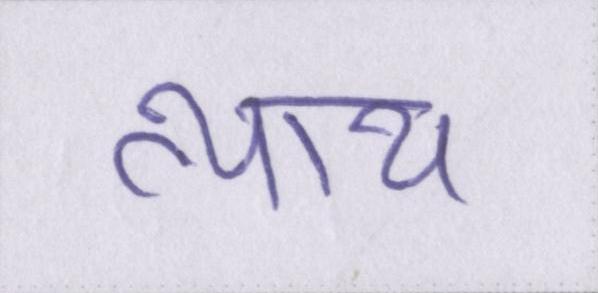
न्याय